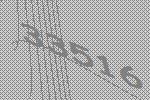
33516